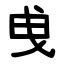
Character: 曵